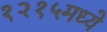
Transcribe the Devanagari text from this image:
१२१५मध्ये